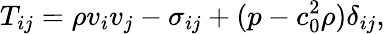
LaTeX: T_{ij}=\rho v_{i}v_{j}-\sigma_{ij}+(p-c_{0}^{2}\rho)\delta_{ij},